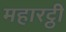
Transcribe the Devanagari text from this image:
महारट्ठी